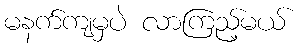
မနက်ကျမှပဲ လာကြည့်မယ်